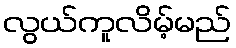
လွယ်ကူလိမ့်မည်